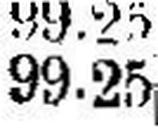
99.25